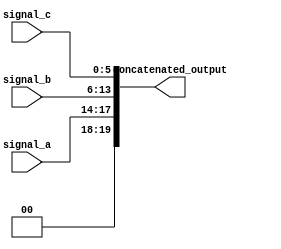
module ConcatenationExample (
    input wire [3:0] signal_a,    // 4-bit input signal
    input wire [7:0] signal_b,    // 8-bit input signal
    input wire [5:0] signal_c,    // 6-bit input signal
    output wire [19:0] concatenated_output // 20-bit output for concatenated signals
);

// Continuous assignment using concatenation operator
assign concatenated_output = {signal_a, signal_b, signal_c};

endmodule